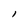
Character: l